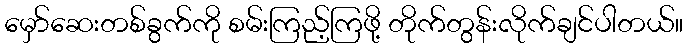
မှော်ဆေးတစ်ခွက်ကို စမ်းကြည့်ကြဖို့ တိုက်တွန်းလိုက်ချင်ပါတယ်။